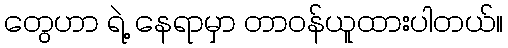
တွေဟာ ရဲ့ နေရာမှာ တာဝန်ယူထားပါတယ်။